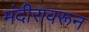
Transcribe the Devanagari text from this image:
मंदीरावरून